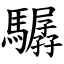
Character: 驏